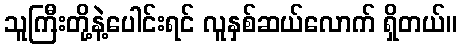
သူကြီးတို့နဲ့ပေါင်းရင် လူနှစ်ဆယ်လောက် ရှိတယ်။